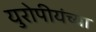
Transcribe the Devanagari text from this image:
युरोपीयंच्या